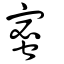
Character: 蜜